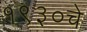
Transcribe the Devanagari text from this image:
१९३०चे